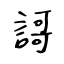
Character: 謌